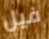
فيل